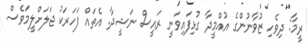
ރީމާ: ދިވެހި ޒުވާނުންގެ އުއްމީދާ ގުޅިފައިވަނީ ރަައީސް ނަޝީދާ. އެތައް ފަހަރަކު ޖަލަށްލީމަވެސް